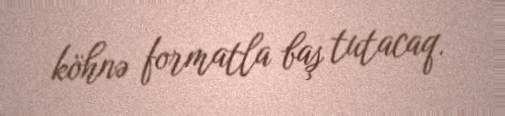
köhnə formatla baş tutacaq.